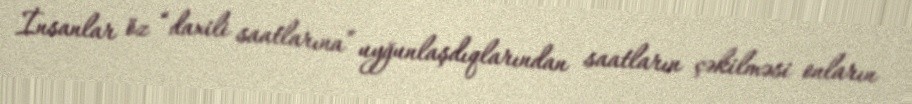
İnsanlar öz “daxili saatlarına” uyğunlaşdıqlarından saatların çəkilməsi onların